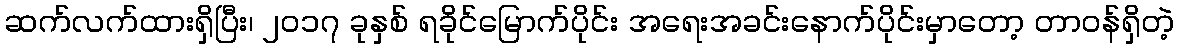
ဆက်လက်ထားရှိပြီး၊ ၂၀၁၇ ခုနှစ် ရခိုင်မြောက်ပိုင်း အရေးအခင်းနောက်ပိုင်းမှာတော့ တာဝန်ရှိတဲ့